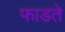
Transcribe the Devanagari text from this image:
फाडते